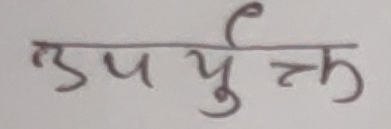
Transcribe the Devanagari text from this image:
उपयुक्त